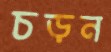
চড়ন